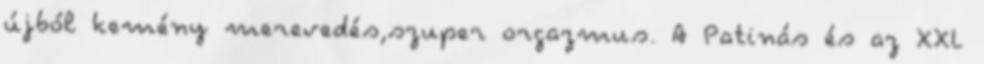
újból kemény merevedés,szuper orgazmus. A Patinás és az XXL